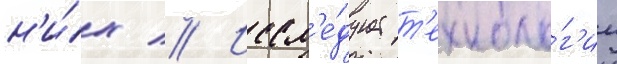
н'и́х // Иссл'е́дует т'ехноло́г'ии